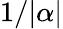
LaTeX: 1/|\alpha|